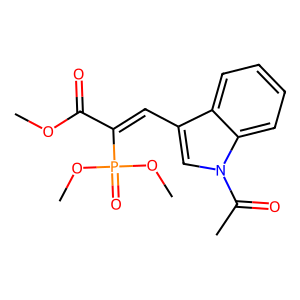
SMILES: COC(=O)C(=Cc1cn(C(C)=O)c2ccccc12)P(=O)(OC)OC
Inhibits HIV replication: No